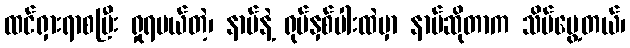
ထင်ရှားရာစပြီး ရှုရမယ်တဲ့၊ နာမ်နဲ့ ရုပ်နှစ်ပါးထဲမှာ နာမ်ဆိုတာက သိမ်မွေ့တယ်၊